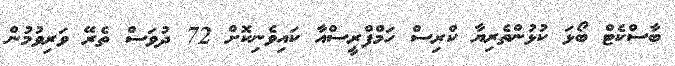
ބާސްކެޓް ބޯޅަ ކުޅުންތެރިޔާ ކްރިސް ހަމްފްރީސްއާ ކައިވެނިކޮށް 72 ދުވަސް ތެރޭ ވަރިވުމުން